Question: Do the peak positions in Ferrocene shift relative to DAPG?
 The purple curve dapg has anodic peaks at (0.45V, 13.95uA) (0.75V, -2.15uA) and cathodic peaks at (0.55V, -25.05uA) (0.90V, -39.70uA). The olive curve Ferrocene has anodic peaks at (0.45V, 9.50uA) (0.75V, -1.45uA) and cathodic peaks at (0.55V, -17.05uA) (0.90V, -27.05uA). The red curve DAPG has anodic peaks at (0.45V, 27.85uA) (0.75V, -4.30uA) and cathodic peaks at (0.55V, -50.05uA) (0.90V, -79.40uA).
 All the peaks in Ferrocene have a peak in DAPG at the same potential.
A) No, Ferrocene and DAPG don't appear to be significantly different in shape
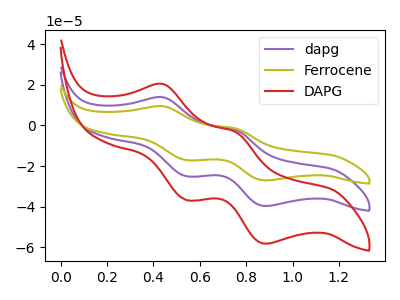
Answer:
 <answer>A) No, "Ferrocene" and "DAPG" don't appear to be significantly different in shape</answer>
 <eval>A</eval>